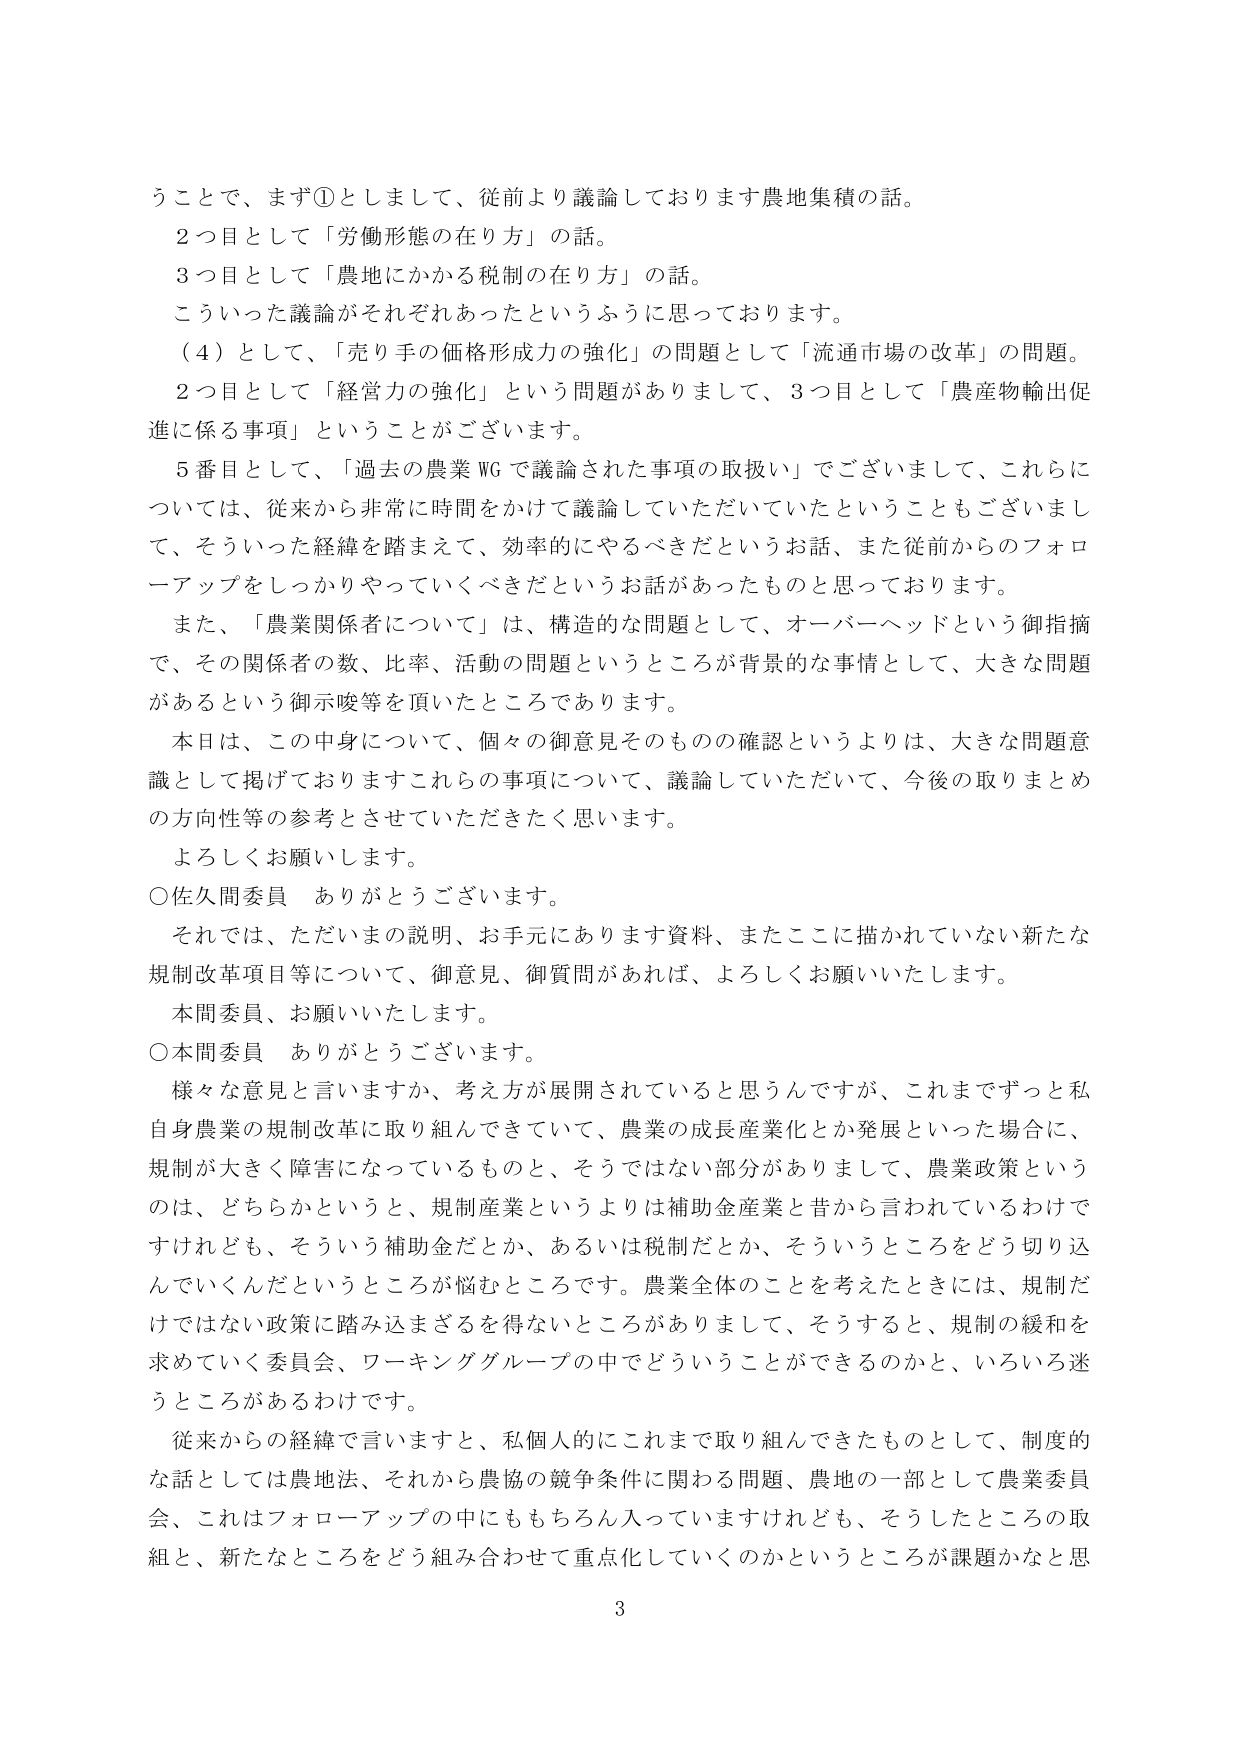
うことで、まず①としまして、従前より議論しております農地集積の話。
２つ目として「労働形態の在り方」の話。
３つ目として「農地にかかる税制の在り方」の話。
こういった議論がそれぞれあったというふうに思っております。
（４）として、「売り手の価格形成力の強化」の問題として「流通市場の改革」の問題。
２つ目として「経営力の強化」という問題がありまして、３つ目として「農産物輸出促進に係る事項」ということがございます。
５番目として、「過去の農業WGで議論された事項の取扱い」でございまして、これらについては、従来から非常に時間をかけて議論していただいていたということもございまして、そういった経緯を踏まえて、効率的にやるべきだというお話、また従前からのフォローアップをしっかりやっていくべきだというお話があったものと思っております。
また、「農業関係者について」は、構造的な問題として、オーバーヘッドという御指摘で、その関係者の数、比率、活動の問題というところが背景的な事情として、大きな問題があるという御示唆等を頂いたところであります。
本日は、この中身について、個々の御意見そのものの確認というよりは、大きな問題意識として掲げておりますこれらの事項について、議論していただいて、今後の取りまとめの方向性等の参考とさせていただきたいと思います。
よろしくお願いします。
○佐久間委員　ありがとうございます。
それでは、ただいまの説明、お手元にあります資料、またここに描かれていない新たな規制改革項目等について、御意見、御質問があれば、よろしくお願いいたします。
本問委員、お願いいたします。
○本問委員　ありがとうございます。
様々な意見と言いますか、考え方が展開されていると思うんですが、これまでずっと私自身農業の規制改革に取り組んできていて、農業の成長産業化とか発展といった場合に、規制が大きく障害になっているものと、そうではない部分がありまして、農業政策というのは、どちらかというと、規制産業というよりは補助金産業と昔から言われているわけですが、それとも、そういう補助金だとか、あるいは税制だとか、そういうところをどう切り込んでいくんだというところが悩むところです。農業全体のことを考えたときには、規制だけではない政策に踏み込まざるを得ないところがありまして、そうすると、規制の緩和を求めていく委員会、ワーキンググループの中でどういうことができるのかと、いろいろ迷うところがあるわけです。
従来からの経緯で言いますと、私個人的にこれまで取り組んできたものとして、制度的な話としては農地法、それから農協の競争条件に関わる問題、農地の一部として農業委員会、これはフォローアップの中にももちろん入っていますけれども、そうしたところの取組と、新たなところをどう組み合わせて重点化していくのかというところが課題かなと思
3